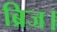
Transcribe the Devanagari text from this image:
ब्रिज।